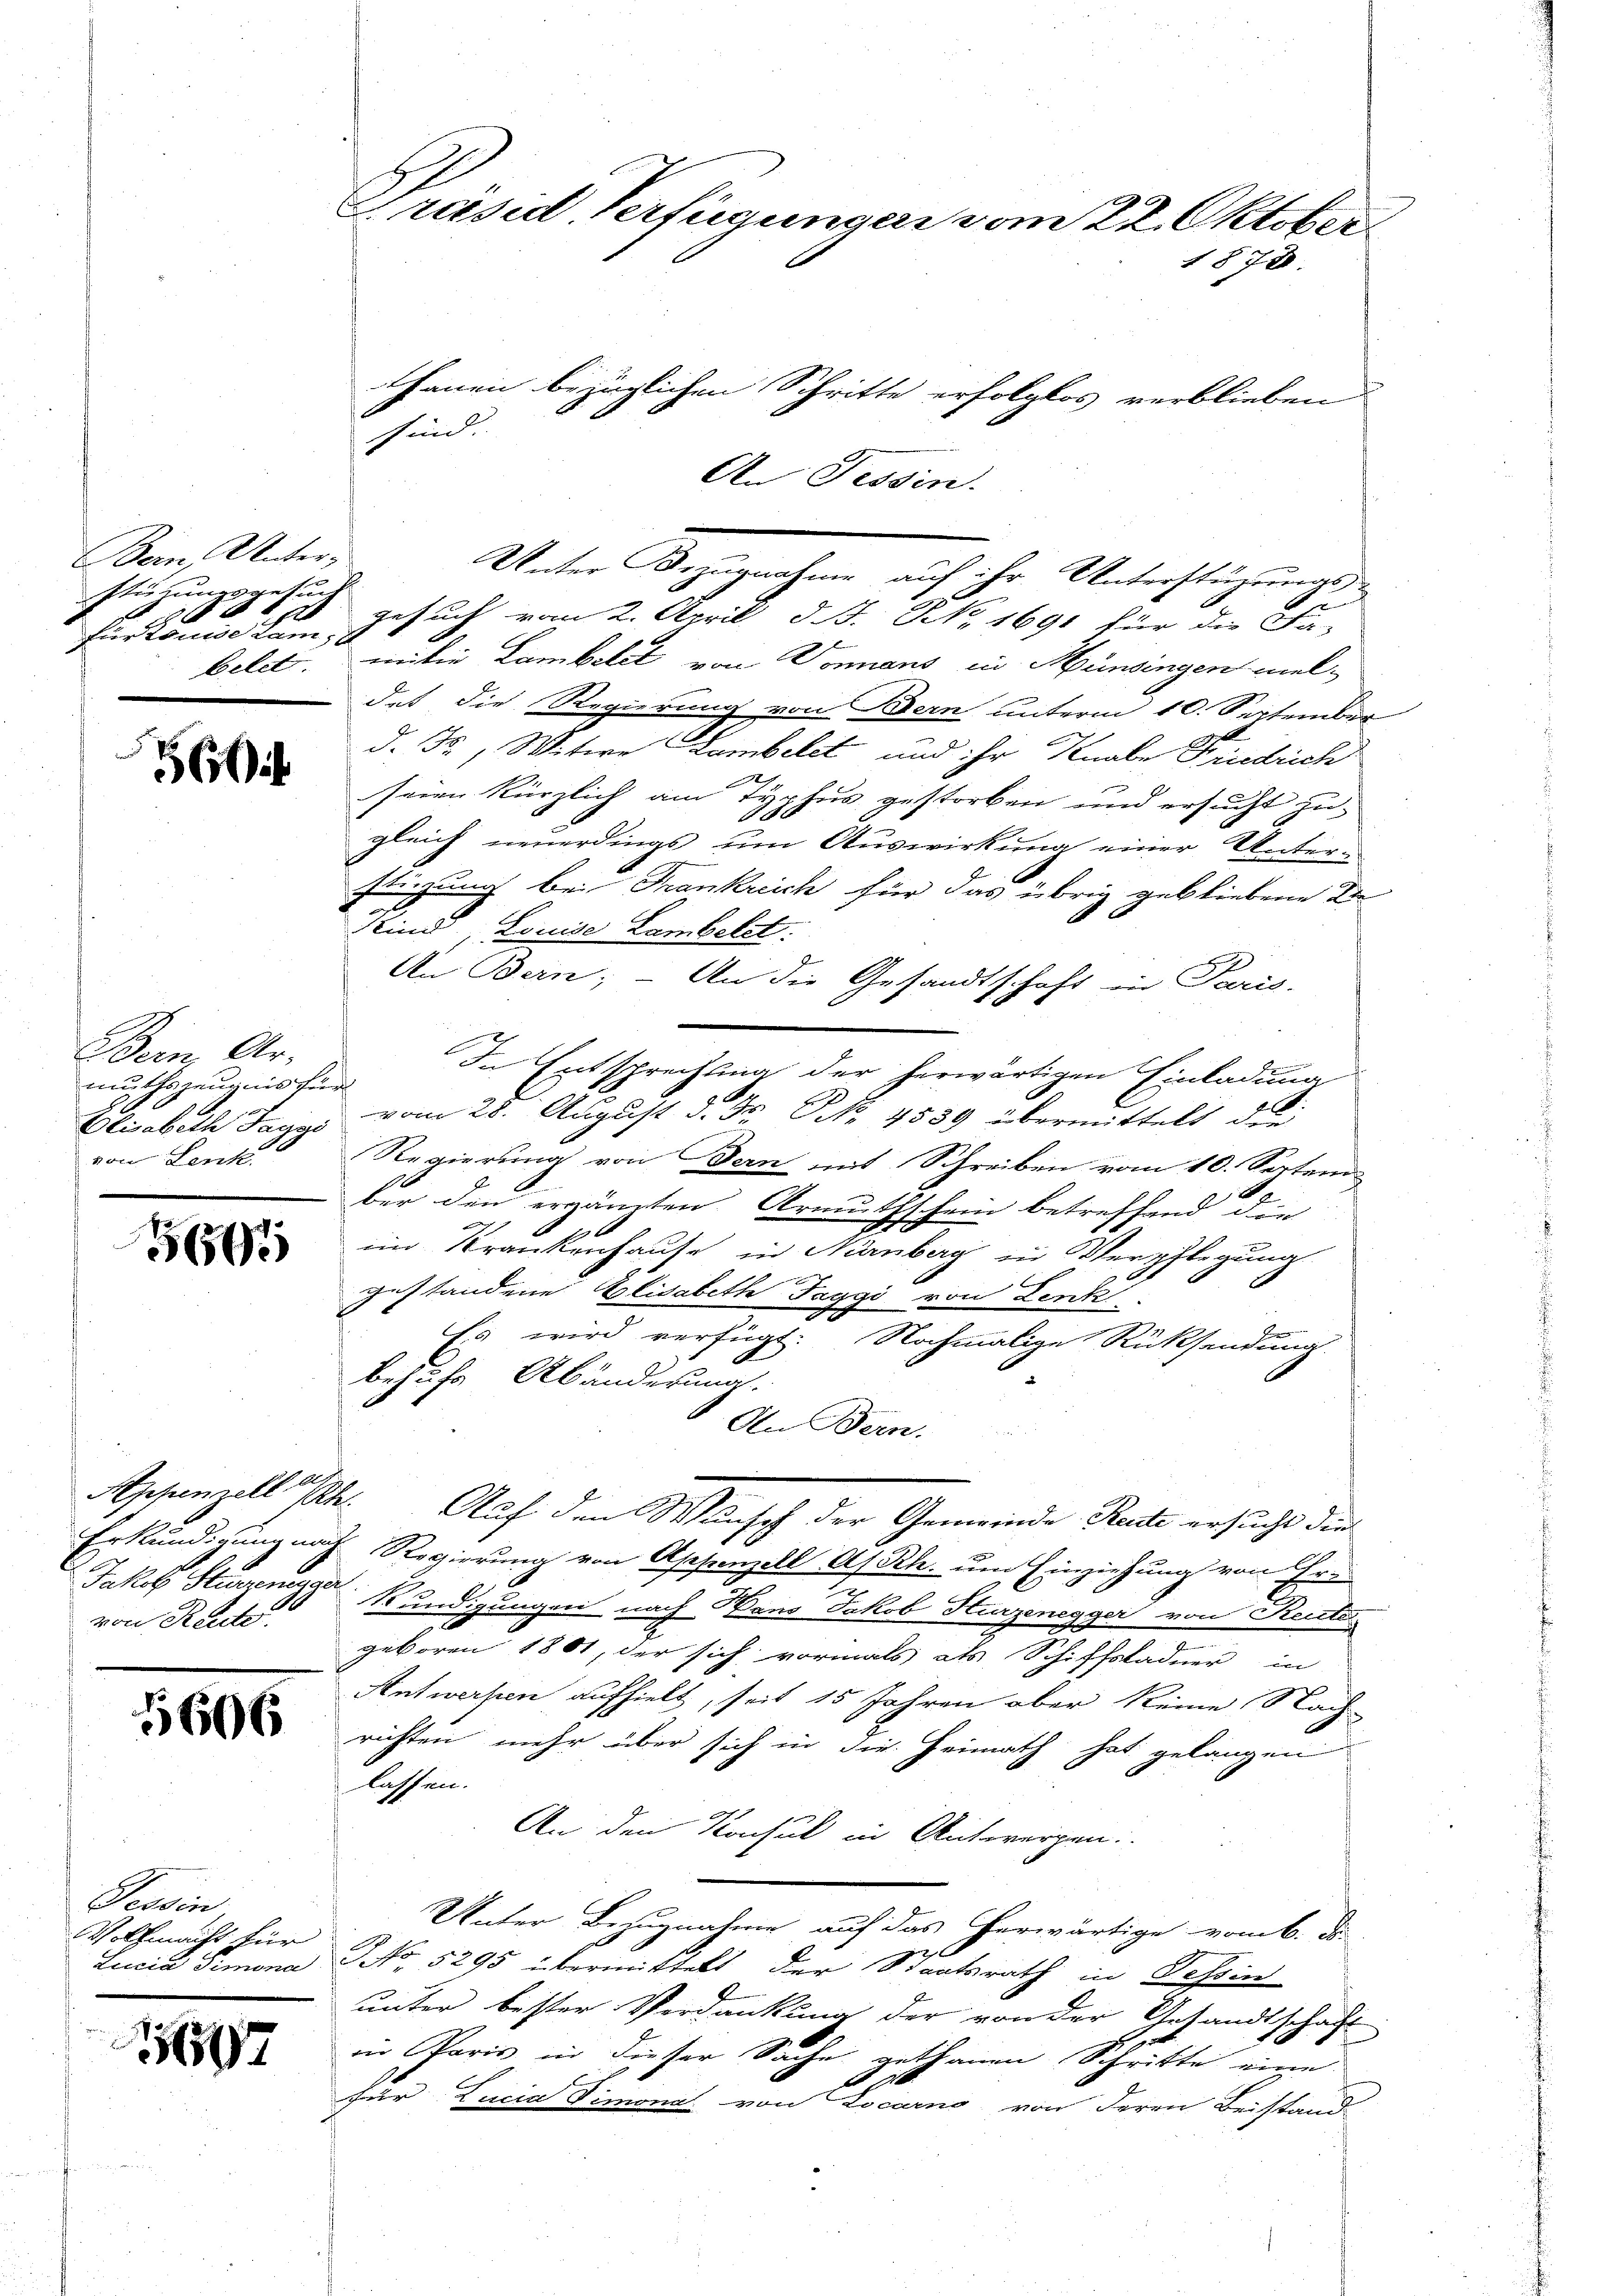
Bern, Unter-
90
s
Eurkende Lam, da
belet.

560

Bern, Armutszeugnis für
von Lenk

5691

Jakob Sturzenegger
von Reite

5606

Per
Wollmacht für
Lucia Simona

7

Gräsid Verfügungen vom 22. Oktober
1878

stüzungsgesung gesuch vom 2. April d. J. N. 1691 für die Fa-
mitin Lambetet von Donnens in Münsingen wel-
det die Regierung von Bern unterm 10. September
d. Fr., Witwe Lambelct und ihr Knabe Friedrich
seien Kürzlich am Te
phus gestorben und ersucht zu
.
gleich neuerdings um Auswirkung einer Untert
ftigung bei Frankreich für das übrig gebliebene Be¬
Sind Louise Lambelt:
An Bern; – An die Gesandtschaft in Paris-
In Entsprechtung der herwärtigen Einladua
Elisabeth Tag vom 28. August d. Fr. No. 4539 übermittelt die
Regierung von Dern mit Schreiben vom 10. Septem
ber den ergänzten Armuthschein betreffend die
im Krankenhause in Nürnberg zu Verpflegung
.
gestandene Elisabeth Taggi von Lenk
Es wird verfügt: Nochmalige Rücksendung.
behufs Abänderung.
An Bern.
Appenzell I. Auf den Wunsch der Gemeinde Reute ersucht die
Erkundigung nach Regierung von Appenzell A/Rh. um Einziehung von Er¬
Kundigungen nach Hans Jakob Hurzenegger von Reute
geboren 1801, der sich vormals als Schiffsladner in
Antwerfen aufhielt, seit 15 Jahren aber keine Nach-
richten mehr über sich in die Heimath hat gelangen
lassen.
An den Konsul in Antwergen.
Unter Bezugnahme auf das herwärtige vom 6. ds.
r
NNo. 5295 übermittelt der Staatsrath in Tessin
unter bester Verdankung der von der Gesandtschaft
in Paris in dieser Sache gethanen Schritte eine
E
für Lucia Dimona von Locarno von deren Beistand

sind.

thanen bezüglichen Schritte erfolglos verblieben
An Tessin.

Unter Bezugnahme auf ihr Unterstützungs¬